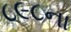
૮૯૮ના